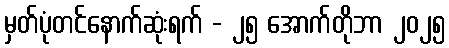
မှတ်ပုံတင်နောက်ဆုံးရက် - ၂၅ အောက်တိုဘာ ၂၀၂၅